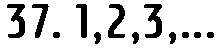
37. 1,2,3,...